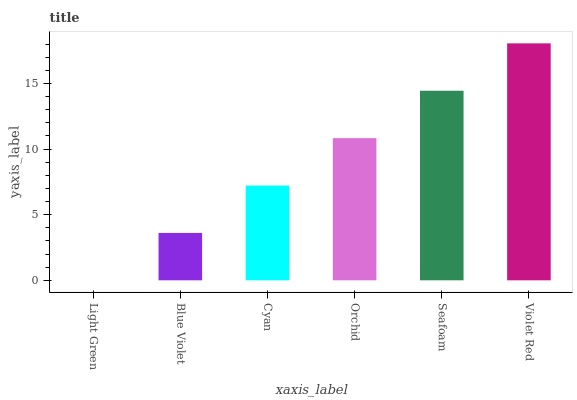
| xaxis_label | bars |
 | --- | --- |
 | Light Green | 0 |
 | Blue Violet | 3.61 |
 | Cyan | 7.22 |
 | Orchid | 10.8 |
 | Seafoam | 14.4 |
 | Violet Red | 18.1 |